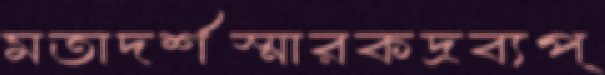
মতাদর্শস্মারকদ্রব্যপ্